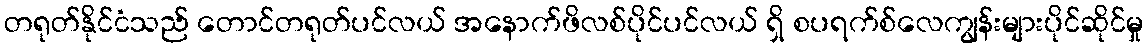
တရုတ်နိုင်ငံသည် တောင်တရုတ်ပင်လယ် အနောက်ဖိလစ်ပိုင်ပင်လယ် ရှိ စပရက်စ်လေကျွန်းများပိုင်ဆိုင်မှု